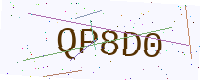
Text: QP8D0